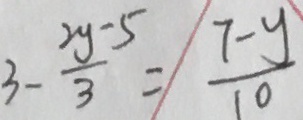
3 - \frac { 2 y - 5 } { 3 } = \frac { 7 - y } { 1 0 }